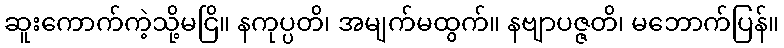
ဆူးကောက်ကဲ့သို့မငြိ။ နကုပ္ပတိ၊ အမျက်မထွက်။ နဗျာပဇ္ဇတိ၊ မဘောက်ပြန်။